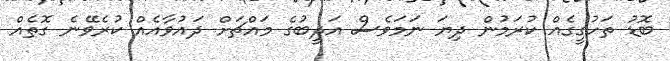
ބޮޑު ތަހުގީގެއް ކުރަމުން ދިޔަ ނަމަވެސް އަދީބުގެ މައްޗަށް ދައުވާއެއް ކުރެވޭނެ ގޮތެއް